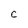
Character: C